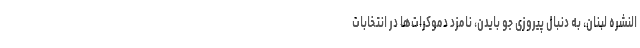
النشره لبنان، به دنبال پیروزی جو بایدن، نامزد دموکرات‌ها در انتخابات